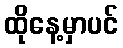
ထိုနေ့မှာပင်